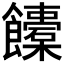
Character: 𩟰